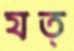
যত্